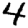
Digit: 4